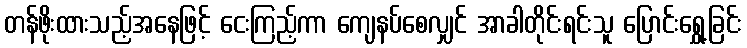
တန်ဖိုးထားသည့်အနေဖြင့် ငေးကြည့်ကာ ကျေနပ်စေလျှင် အာခါတိုင်းရင်းသူ ပြောင်းရွှေ့ခြင်း